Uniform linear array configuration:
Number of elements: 16
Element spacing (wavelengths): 0.5
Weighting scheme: binomial
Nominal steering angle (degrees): -60
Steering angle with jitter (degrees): -58.226
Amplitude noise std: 0.05
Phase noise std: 0.05

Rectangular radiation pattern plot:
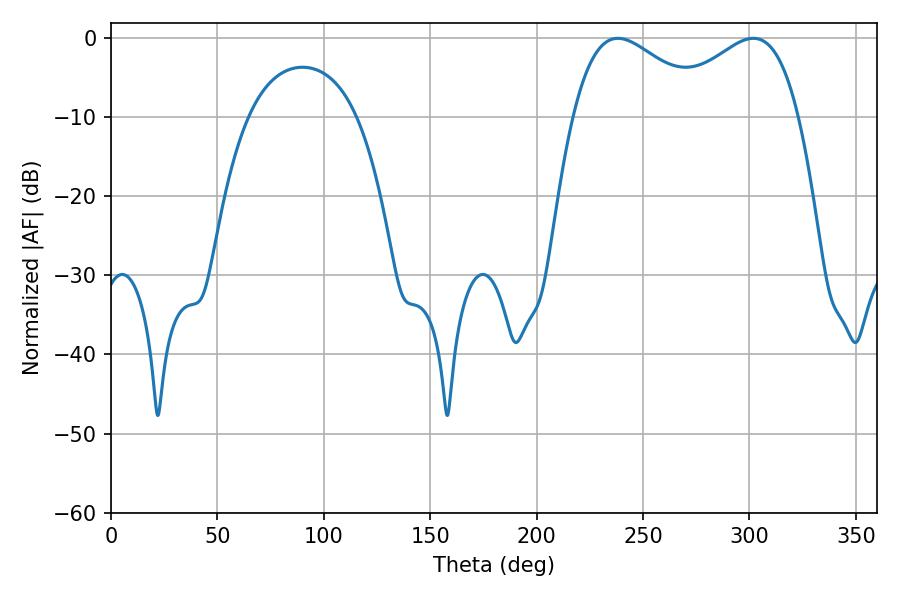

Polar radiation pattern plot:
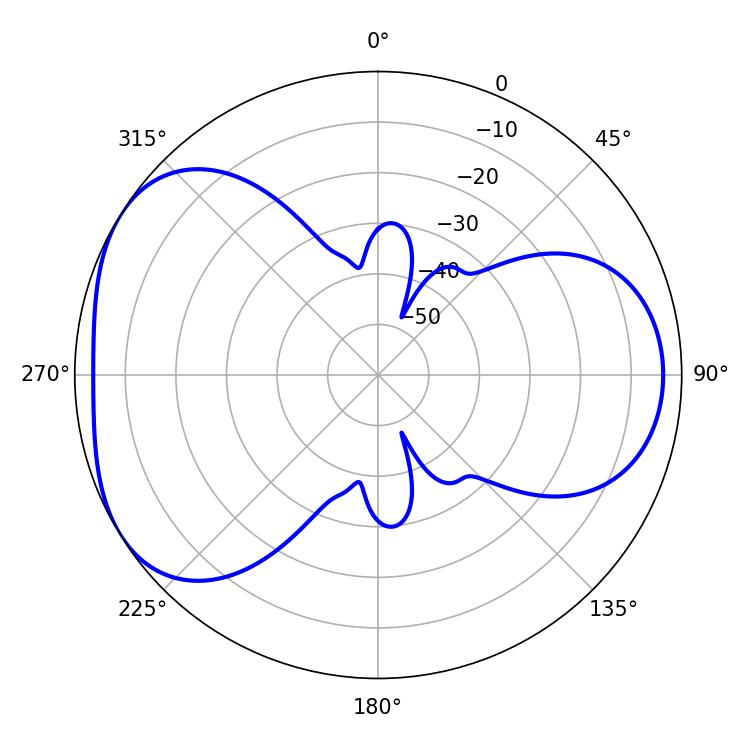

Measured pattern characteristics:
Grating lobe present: FALSE
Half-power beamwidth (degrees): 34.74
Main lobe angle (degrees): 238.14